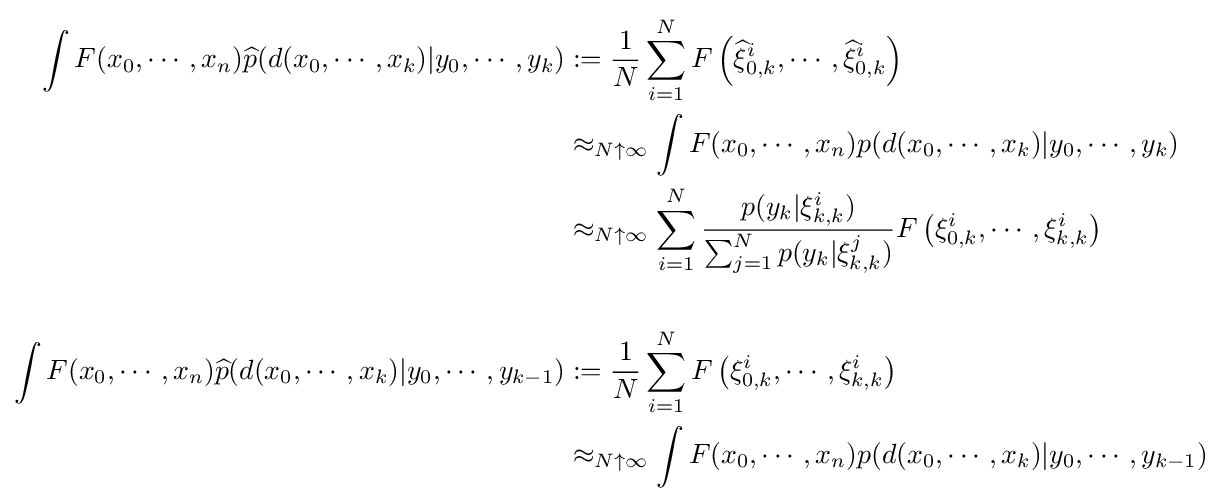
{\begin{aligned}\int F(x_{0},\cdots ,x_{n}){\widehat {p}}(d(x_{0},\cdots ,x_{k})|y_{0},\cdots ,y_{k})&:={\frac {1}{N}}\sum _{i=1}^{N}F\left({\widehat {\xi }}_{0,k}^{i},\cdots ,{\widehat {\xi }}_{0,k}^{i}\right)\\&\approx _{N\uparrow \infty }\int F(x_{0},\cdots ,x_{n})p(d(x_{0},\cdots ,x_{k})|y_{0},\cdots ,y_{k})\\&\approx _{N\uparrow \infty }\sum _{i=1}^{N}{\frac {p(y_{k}|\xi _{k,k}^{i})}{\sum _{j=1}^{N}p(y_{k}|\xi _{k,k}^{j})}}F\left(\xi _{0,k}^{i},\cdots ,\xi _{k,k}^{i}\right)\\&\ \\\int F(x_{0},\cdots ,x_{n}){\widehat {p}}(d(x_{0},\cdots ,x_{k})|y_{0},\cdots ,y_{k-1})&:={\frac {1}{N}}\sum _{i=1}^{N}F\left(\xi _{0,k}^{i},\cdots ,\xi _{k,k}^{i}\right)\\&\approx _{N\uparrow \infty }\int F(x_{0},\cdots ,x_{n})p(d(x_{0},\cdots ,x_{k})|y_{0},\cdots ,y_{k-1})\end{aligned}}